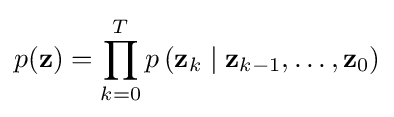
p(\mathbf {z} )=\prod _{k=0}^{T}p\left(\mathbf {z} _{k}\mid \mathbf {z} _{k-1},\ldots ,\mathbf {z} _{0}\right)